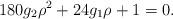
LaTeX: \begin{align*}180g_{2}{\rho}^2+24g_{1}\rho+1=0.\end{align*}